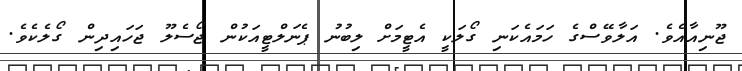
ޖޫނިއާއެވެ. އަލާވޭސްގެ ހަމައެކަނި ގޯލަކީ އެޓީމަށް ލިބުނު ޕެނަލްޓީއަކުން ޖޯސެލޫ ޖަހައިދިން ގޯލެކެވެ.